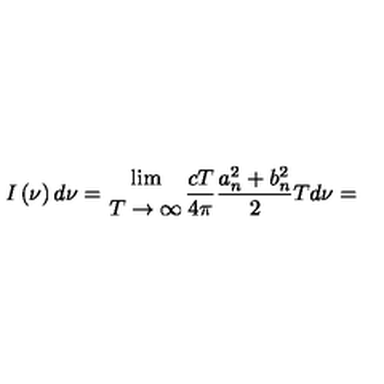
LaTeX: I \left( \nu \right) d \nu = { { \lim } \atop { T \to \infty } } \frac { c T } { 4 \pi } \frac { a _ { n } ^ { 2 } + b _ { n } ^ { 2 } } { 2 } T d \nu =